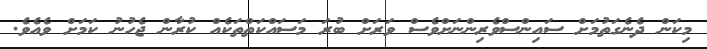
މިކަން ދެނެގަތުމަށް ސައިންސްވެރިންނަށްވެސް ވަރަށް ބުރަ މަސައްކަތްތަކެއް ކުރާން ޖެހުނު ކަމަށް ވެއެވެ.